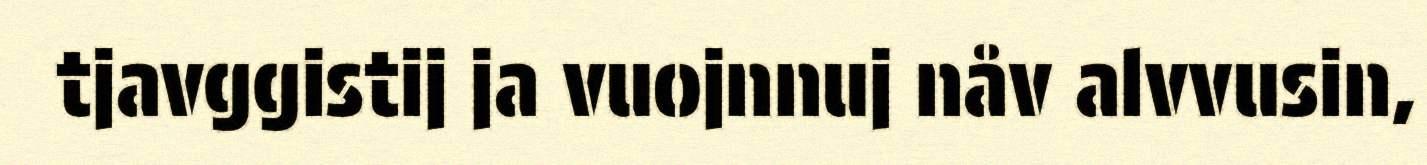
tjavggistij ja vuojnnuj nåv alvvusin,